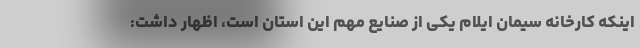
اینکه کارخانه سیمان ایلام یکی از صنایع مهم این استان است، اظهار داشت: